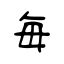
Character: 毎